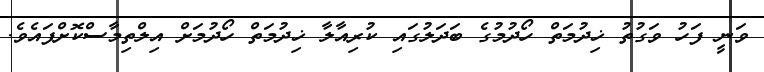
ވަނީ ފަހު ވަގުތު ޚިދުމަތް ހޯދުމުގެ ބަދަލުގައި ކުރިއާލާ ޚިދުމަތް ހޯދުމަށް އިލްތިމާސްކޮށްފައެވެ.